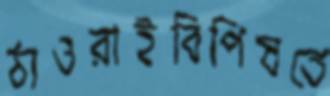
ঠাওরাইবিপিষতে